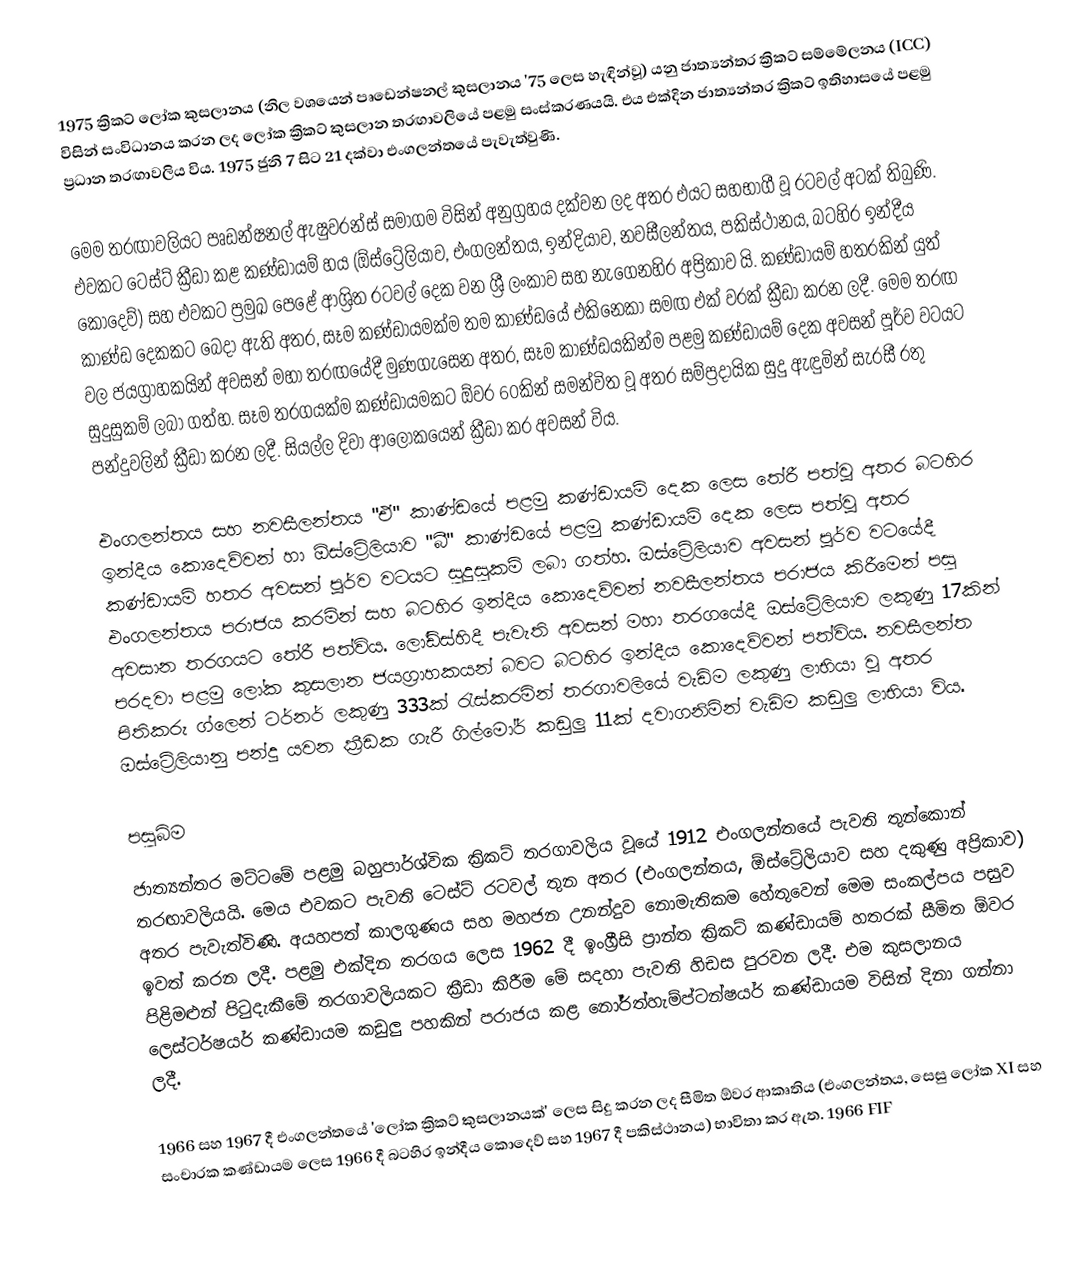
1975 ක්‍රිකට් ලෝක කුසලානය (නිල වශයෙන් පෘඩෙන්ෂනල් කුසලානය '75 ලෙස හැඳින්වූ) යනු ජාත්‍යන්තර ක්‍රිකට් සම්මේලනය (ICC) විසින් සංවිධානය කරන ලද ලෝක ක්‍රිකට් කුසලාන තරඟාවලියේ පළමු සංස්කරණයයි. එය එක්දින ජාත්‍යන්තර ක්‍රිකට් ඉතිහාසයේ පළමු ප්‍රධාන තරඟාවලිය විය. 1975 ජුනි 7 සිට 21 දක්වා එංගලන්තයේ පැවැත්වුණි.

මෙම තරඟාවලියට පෘඩන්ෂනල් ඇෂුවරන්ස් සමාගම විසින් අනුග්‍රහය දක්වන ලද අතර එයට සහභාගී වූ රටවල් අටක් තිබුණි. එවකට ටෙස්ට් ක්‍රීඩා කළ කණ්ඩායම් හය (ඕස්ට්‍රේලියාව, එංගලන්තය, ඉන්දියාව, නවසීලන්තය, පකිස්ථානය, බටහිර ඉන්දීය කොදෙව්) සහ එවකට ප්‍රමුඛ පෙළේ ආශ්‍රිත රටවල් දෙක වන ශ්‍රී ලංකාව සහ නැගෙනහිර අප්‍රිකාව යි. කණ්ඩායම් හතරකින් යුත් කාණ්ඩ දෙකකට බෙදා ඇති අතර, සෑම කණ්ඩායමක්ම තම කාණ්ඩයේ එකිනෙකා සමඟ එක් වරක් ක්‍රීඩා කරන ලදී. මෙම තරඟ වල ජයග්‍රාහකයින් අවසන් මහා තරඟයේදී මුණගැසෙන අතර, සෑම කාණ්ඩයකින්ම පළමු කණ්ඩායම් දෙක අවසන් පූර්ව වටයට සුදුසුකම් ලබා ගත්හ. සෑම තරගයක්ම කණ්ඩායමකට ඕවර 60කින් සමන්විත වූ අතර සම්ප්‍රදායික සුදු ඇඳුමින් සැරසී රතු පන්දුවලින් ක්‍රීඩා කරන ලදී. සියල්ල දිවා ආලෝකයෙන් ක්‍රීඩා කර අවසන් විය.

එංගලන්තය සහ නවසීලන්තය "ඒ" කාණ්ඩයේ පළමු කණ්ඩායම් දෙක ලෙස තේරී පත්වූ අතර බටහිර ඉන්දීය කොදෙව්වන් හා ඕස්ට්‍රේලියාව "බී" කාණ්ඩයේ පළමු කණ්ඩායම් දෙක ලෙස පත්වූ අතර කණ්ඩායම් හතර අවසන් පූර්ව වටයට සුදුසුකම් ලබා ගත්හ. ඔස්ට්‍රේලියාව අවසන් පූර්ව වටයේදී එංගලන්තය පරාජය කරමින් සහ බටහිර ඉන්දීය කොදෙව්වන් නවසීලන්තය පරාජය කිරීමෙන් පසු අවසාන තරගයට තේරී පත්විය. ලෝඩ්ස්හිදී පැවැති අවසන් මහා තරගයේදී ඔස්ට්‍රේලියාව ලකුණු 17කින් පරදවා පළමු ලෝක කුසලාන ජයග්‍රාහකයන් බවට බටහිර ඉන්දීය කොදෙව්වන්  පත්විය. නවසීලන්ත පිතිකරු ග්ලෙන් ටර්නර් ලකුණු 333ක් රැස්කරමින් තරගාවලියේ වැඩිම ලකුණු ලාභියා වූ අතර ඔස්ට්‍රේලියානු පන්දු යවන ක්‍රීඩක ගැරී ගිල්මෝර් කඩුලු 11ක් දවාගනිමින් වැඩිම කඩුලු ලාභියා විය.

පසුබිම
ජාත්‍යන්තර මට්ටමේ පළමු බහුපාර්ශ්වික ක්‍රිකට් තරගාවලිය වූයේ 1912 එංගලන්තයේ පැවති තුන්කොන් තරඟාවලියයි. මෙය එවකට පැවති ටෙස්ට් රටවල් තුන අතර (එංගලන්තය, ඕස්ට්‍රේලියාව සහ දකුණු අප්‍රිකාව) අතර පැවැත්විණි. අයහපත් කාලගුණය සහ මහජන උනන්දුව නොමැතිකම හේතුවෙන් මෙම සංකල්පය පසුව ඉවත් කරන ලදී. පළමු එක්දින තරගය ලෙස 1962 දී ඉංග්‍රීසි ප්‍රාන්ත ක්‍රිකට් කණ්ඩායම් හතරක් සීමිත ඕවර පිළිමළුන් පිටුදැකීමේ තරගාවලියකට ක්‍රීඩා කිරීම මේ සදහා පැවති හිඩස පුරවන ලදී. එම කුසලානය ලෙස්ටර්ෂයර් කණ්ඩායම කඩුලු පහකින් පරාජය කළ නෝර්ත්හැම්ප්ටන්ෂයර් කණ්ඩායම විසින් දිනා ගන්නා ලදී.

1966 සහ 1967 දී එංගලන්තයේ 'ලෝක ක්‍රිකට් කුසලානයක්' ලෙස සිදු කරන ලද සීමිත ඕවර ආකෘතිය (එංගලන්තය, සෙසු ලෝක XI සහ සංචාරක කණ්ඩායම ලෙස 1966 දී බටහිර ඉන්දීය කොදෙව් සහ 1967 දී පකිස්ථානය) භාවිතා කර ඇත. 1966 FIF